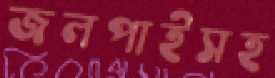
জলপাইসহ